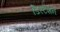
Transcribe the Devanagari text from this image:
डिस्टेंशन